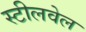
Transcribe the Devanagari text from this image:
स्टीलवेल